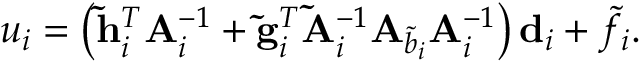
u _ { i } = \left( \mathbf { \widetilde { h } } _ { i } ^ { T } \mathbf { A } _ { i } ^ { - 1 } + \mathbf { \widetilde { g } } _ { i } ^ { T } \mathbf { \widetilde { A } } _ { i } ^ { - 1 } \mathbf { A } _ { \widetilde { b } _ { i } } \mathbf { A } _ { i } ^ { - 1 } \right) \mathbf { d } _ { i } + \tilde { f } _ { i } .